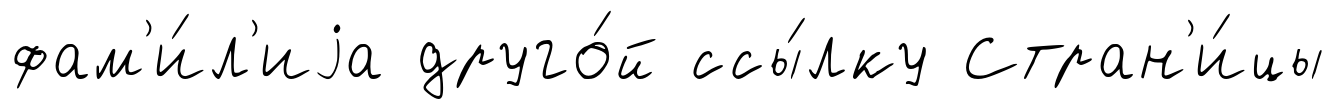
фам'и́л'иjа друго́й ссы́лку Стран'и́цы